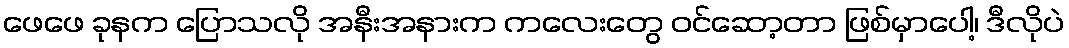
ဖေဖေ ခုနက ပြောသလို အနီးအနားက ကလေးတွေ ဝင်ဆော့တာ ဖြစ်မှာပေါ့၊ ဒီလိုပဲ